Plague in India, 1896, 1897 - Volume 3
Year: 1896
Disease focus: Plague
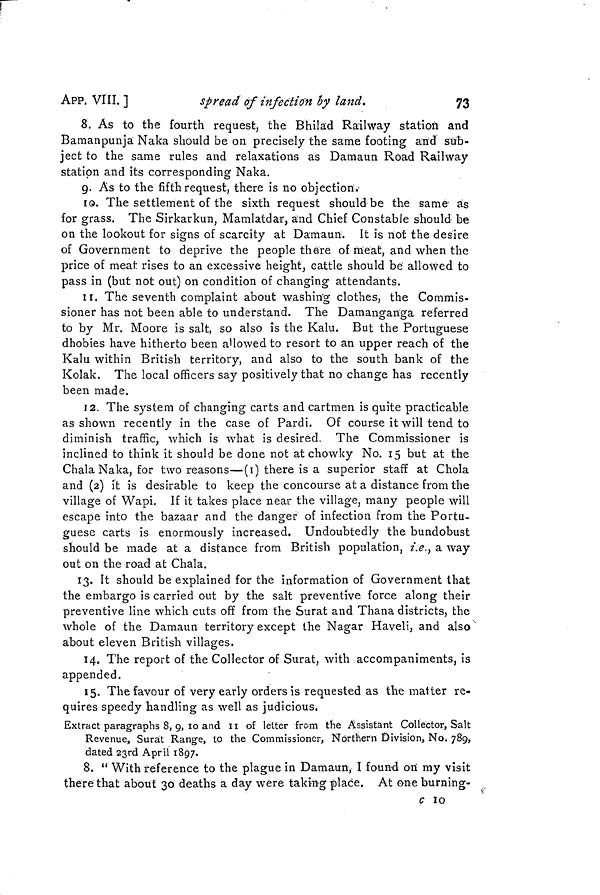
73
APP. VIII. ]
spread of infection by land.
8. As to the fourth request, the Bhilad Railway station and
Bamanpunja Naka should be on precisely the same footing and sub-
ject to the same rules and relaxations as Damaun Road Railway
station and its corresponding Naka.
9. As to the fifth request, there is no objection.
10. The settlement of the sixth request should be the same as
for grass. The Sirkarkun, Mamlatdar, and Chief Constable should be
on the lookout for signs of scarcity at Damaun. It is not the desire
of Government to deprive the people there of meat, and when the
price of meat rises to an excessive height, cattle should be allowed to
pass in (but not out) on condition of changing attendants.
11. The seventh complaint about washing clothes, the Commis-
sioner has not been able to understand. The Damanganga referred
to by Mr. Moore is salt, so also is the Kalu. But the Portuguese
dhobies have hitherto been allowed to resort to an upper reach of the
Kalu within British territory, and also to the south bank of the
Kolak. The local officers say positively that no change has recently
been made.
12. The system of changing carts and cartmen is quite practicable
as shown recently in the case of Pardi. Of course it will tend to
diminish traffic, which is what is desired. The Commissioner is
inclined to think it should be done not at chowky No. 15 but at the
Chala Naka, for two reasons—(1) there is a superior staff at Chola
and (2) it is desirable to keep the concourse at a distance from the
village of Wapi. If it takes place near the village, many people will
escape into the bazaar and the danger of infection from the Portu-
guese carts is enormously increased. Undoubtedly the bundobust
should be made at a distance from British population, i.e., a way
out on the road at Chala.
13. It should be explained for the information of Government that
the embargo is carried out by the salt preventive force along their
preventive line which cuts off from the Surat and Thana districts, the
whole of the Damaun territory except the Nagar Haveli, and also
about eleven British villages.
14. The report of the Collector of Surat, with accompaniments, is
appended.
15. The favour of very early orders is requested as the matter re-
quires speedy handling as well as judicious.
Extract paragraphs 8, 9, 10 and 11 of letter from the Assistant Collector, Salt
Revenue, Surat Range, to the Commissioner, Northern Division, No. 789,
dated 23rd April 1897.
8. "With reference to the plague in Damaun, I found on my visit
there that about 30 deaths a day were taking place. At one burning-
c 10